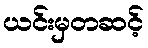
ယင်းမှတဆင့်